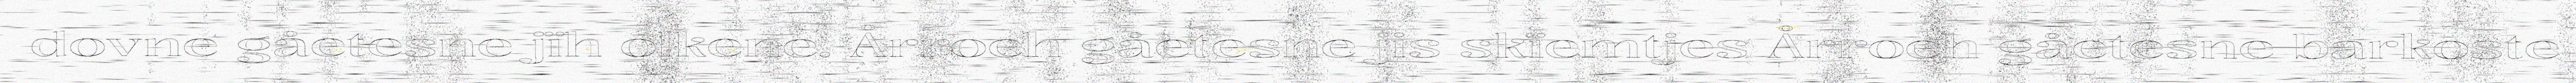
dovne gåetesne jïh olkene. Årroeh gåetesne jis skïemtjes Årroeh gåetesne barkoste